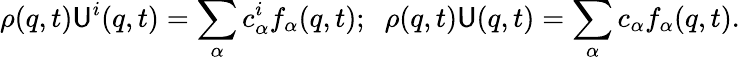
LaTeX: \rho({q},t){\mathsf{U}}^{i}({q},t)=\sum_{\alpha}{c}_{\alpha}^{i}f_{\alpha}({q},t);\; \; \rho({q},t){\mathsf{U}}({q},t)=\sum_{\alpha}{c}_{\alpha}f_{\alpha}({q},t).